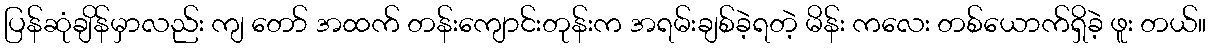
ပြန်ဆုံချိန်မှာလည်း ကျ တော် အထက် တန်းကျောင်းတုန်းက အရမ်းချစ်ခဲ့ရတဲ့ မိန်း ကလေး တစ်ယောက်ရှိခဲ့ ဖူး တယ်။